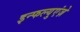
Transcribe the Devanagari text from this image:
इन्फल्युएंज़े